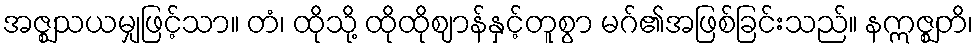
အဇ္ဈသယမျှဖြင့်သာ။ တံ၊ ထိုသို့ ထိုထိုဈာန်နှင့်တူစွာ မဂ်၏အဖြစ်ခြင်းသည်။ နဣဇ္ဈတိ၊